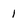
Character: 1